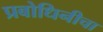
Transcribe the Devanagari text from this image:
प्रबोधिनीचा